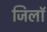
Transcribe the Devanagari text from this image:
जिलॉ